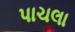
પાચલા